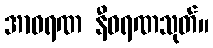
အာဝရဏ နီဝရဏသုတ်။